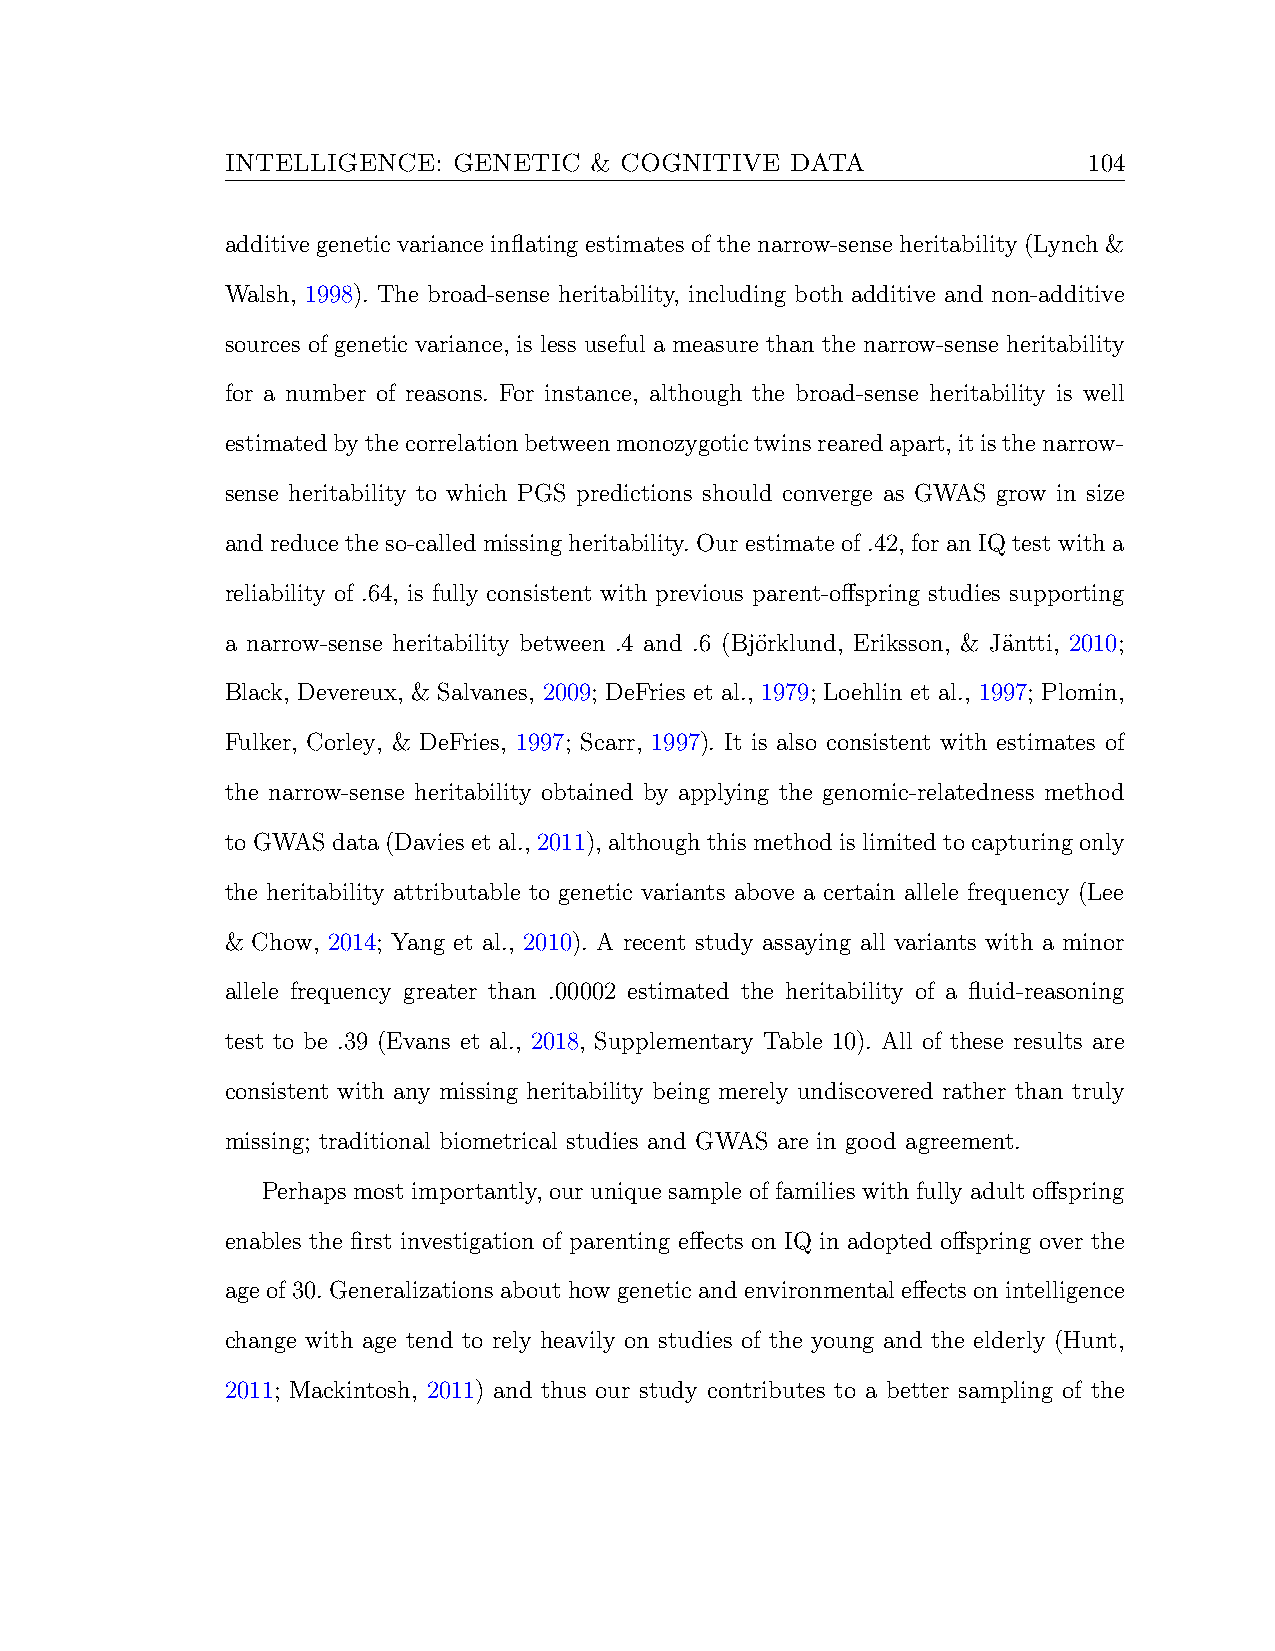
INTELLIGENCE:  GENETIC  & COGNITIVE  DATA                104
 additive genetic variance inflating estimates of the narrow-sense heritability (Lynch &
 Walsh, 1998). The broad-sense heritability, including both additive and non-additive
 sources of genetic variance, is less useful a measure than the narrow-sense heritability
 for a number of reasons. For instance, although the broad-sense heritability is well
 estimatedbythecorrelationbetweenmonozygotictwinsrearedapart,itisthenarrow-
 sense heritability to which PGS predictions should converge as GWAS grow in size
 and reduce the so-called missing heritability. Our estimate of .42, for an IQ test with a
 reliability of .64, is fully consistent with previous parent-offspring studies supporting
 a narrow-sense heritability between .4 and .6 (Bjo¨rklund, Eriksson, & Ja¨ntti, 2010;
 Black, Devereux, & Salvanes, 2009; DeFries et al., 1979; Loehlin et al., 1997; Plomin,
 Fulker, Corley, & DeFries, 1997; Scarr, 1997). It is also consistent with estimates of
 the narrow-sense heritability obtained by applying the genomic-relatedness method
 toGWASdata(Daviesetal.,2011),althoughthismethodislimitedtocapturingonly
 the heritability attributable to genetic variants above a certain allele frequency (Lee
 & Chow, 2014; Yang et al., 2010). A recent study assaying all variants with a minor
 allele frequency greater than .00002 estimated the heritability of a fluid-reasoning
 test to be .39 (Evans et al., 2018, Supplementary Table 10). All of these results are
 consistent with any missing heritability being merely undiscovered rather than truly
 missing; traditional biometrical studies and GWAS are in good agreement.
 Perhaps most importantly, our unique sample of families with fully adult offspring
 enables the first investigation of parenting effects on IQ in adopted offspring over the
 age of 30. Generalizations about how genetic and environmental effects on intelligence
 change with age tend to rely heavily on studies of the young and the elderly (Hunt,
 2011; Mackintosh, 2011) and thus our study contributes to a better sampling of the